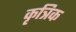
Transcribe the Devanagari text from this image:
कृत्रिक